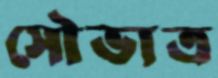
সৌভাত্র